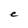
Character: e